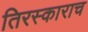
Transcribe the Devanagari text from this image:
तिरस्काराच